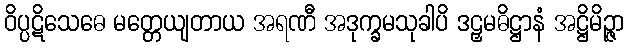
ဝိပ္ပဋိသေဓေ မတ္တေယျတာယ အရဏီ အဒုက္ခမသုခါပိ ဒဠှမဓိဋ္ဌာနံ အဋ္ဌိမိဉ္ဇာ